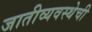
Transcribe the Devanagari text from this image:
जातीव्यवस्थेची